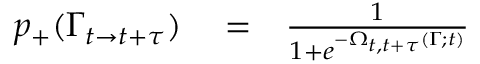
\begin{array} { r l r } { p _ { + } ( \Gamma _ { t \rightarrow t + \tau } ) } & { { } = } & { \frac { 1 } { 1 + e ^ { - \Omega _ { t , t + \tau } ( \Gamma ; t ) } } } \end{array}